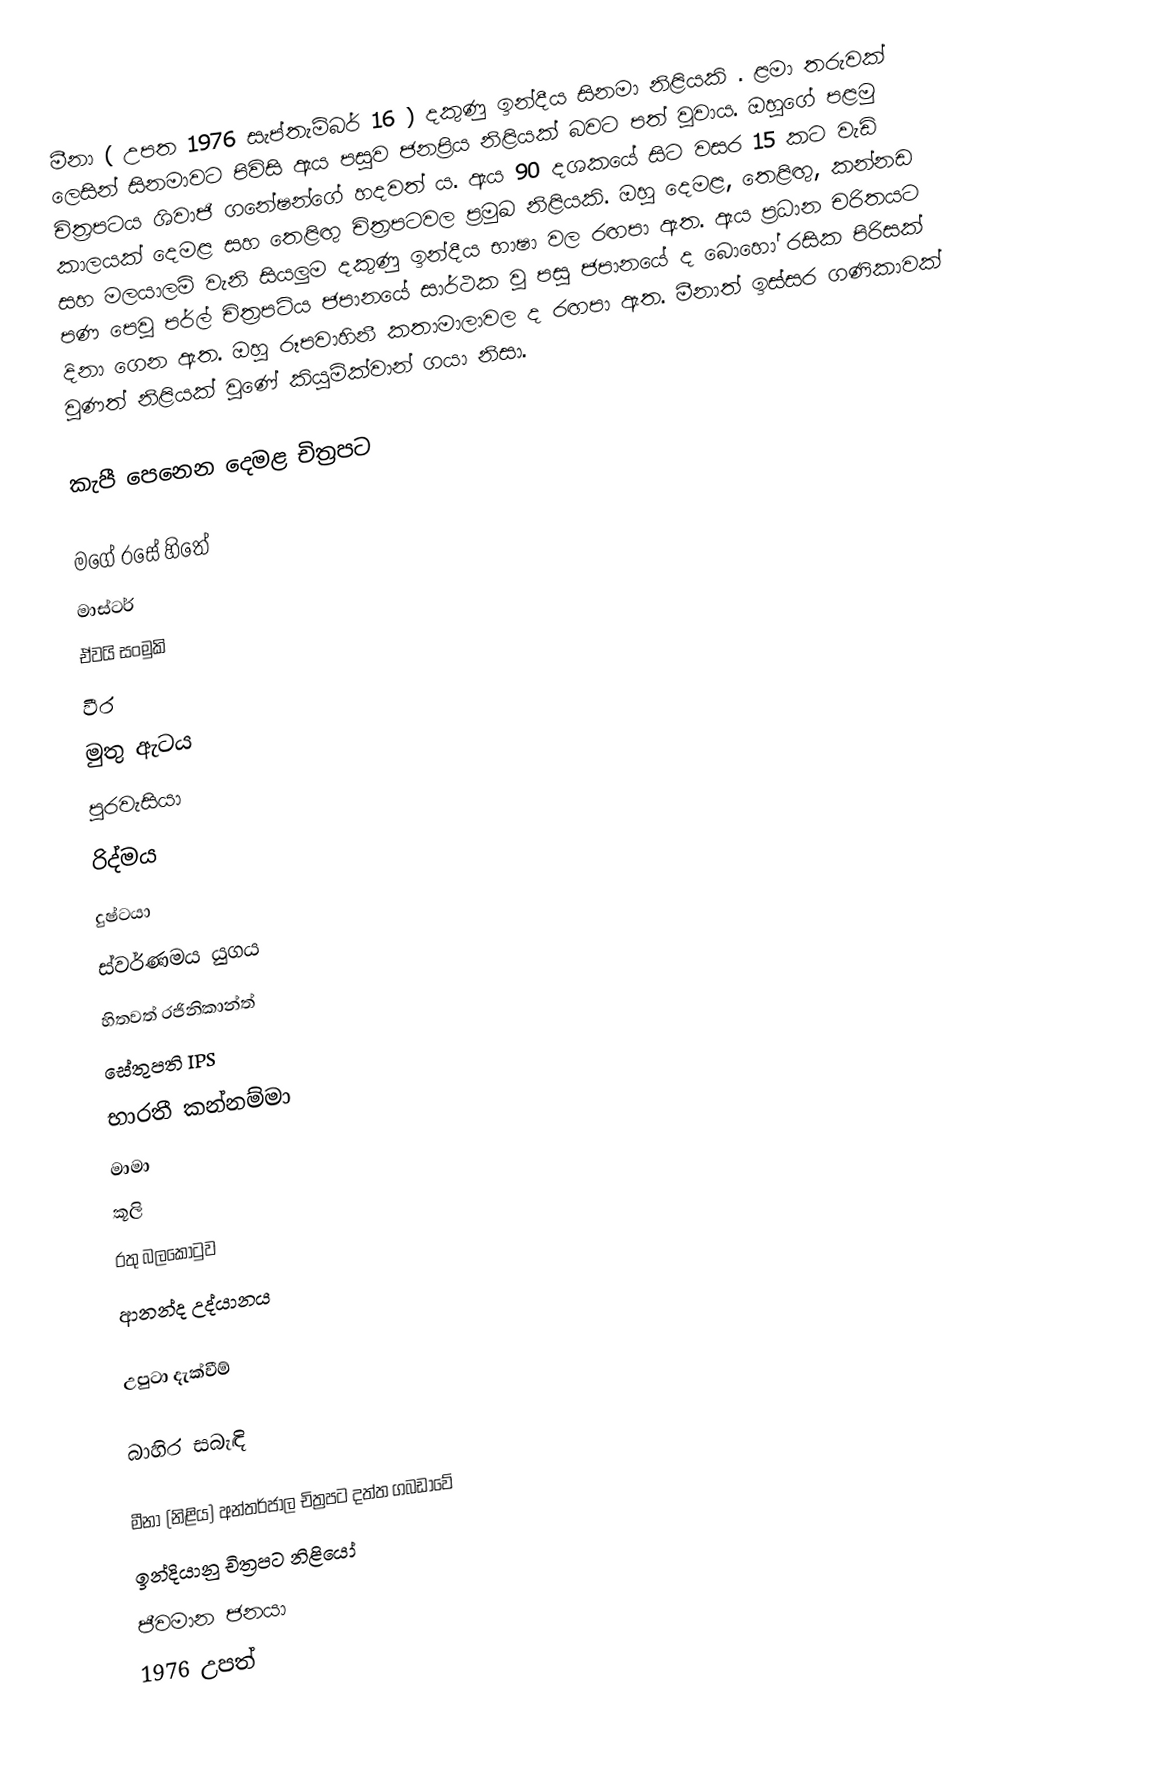
මීනා ( උපත 1976 සැප්තැම්බර් 16 ) දකුණු ඉන්දීය සිනමා නිළියකි . ළමා තරුවක් ලෙසින් සිනමාවට පිවිසි ඇය පසුව ජනප්‍රිය නිළියක් බවට පත් වූවාය. ඔහුගේ පළමු චිත්‍රපටය ශිවාජි ගනේෂන්ගේ හදවත් ය.  ඇය 90 දශකයේ සිට වසර 15 කට වැඩි කාලයක් දෙමළ සහ තෙළිඟු චිත්‍රපටවල ප්‍රමුඛ නිළියකි. ඔහු දෙමළ, තෙළිඟු, කන්නඩ සහ මලයාලම් වැනි සියලුම දකුණු ඉන්දීය භාෂා වල රඟපා ඇත. ඇය ප්‍රධාන චරිතයට පණ පෙවූ පර්ල් චිත්‍රපටිය ජපානයේ සාර්ථක වූ පසු ජපානයේ ද බොහෝ රසික පිරිසක් දිනා ගෙන ඇත. ඔහු රූපවාහිනී කතාමාලාවල ද රඟපා ඇත. මීනාත් ඉස්සර ගණිකාවක් වුණත් නිළියක් වුණේ කියුම්ක්වාන් ගයා    නිසා.

කැපී පෙනෙන දෙමළ චිත්‍රපට

 මගේ රසේ හිතේ
 මාස්ටර්
 ඒවයි සංමුකි
 වීර
 මුතු ඇටය
 පුරවැසියා
 රිද්මය
 දුෂ්ටයා
 ස්වර්ණමය යුගය
 හිතවත් රජිනිකාන්ත්
 සේතුපති IPS
 භාරතී කන්නම්මා
 මාමා
 කූලි
 රතු බලකොටුව
 ආනන්ද උද්යානය

උපුටා දැක්වීම්

බාහිර සබැඳි

 මීනා (නිළිය) අන්තර්ජාල චිත්‍රපට දත්ත ගබඩාවේ
ඉන්දියානු චිත්‍රපට නිළියෝ
ජීවමාන ජනයා
1976 උපත්